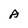
Character: A